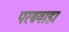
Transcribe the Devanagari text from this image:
परबवाडा